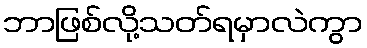
ဘာဖြစ်လို့သတ်ရမှာလဲကွာ